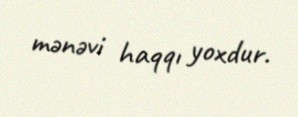
mənəvi haqqı yoxdur.